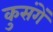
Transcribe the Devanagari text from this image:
कुसंगें